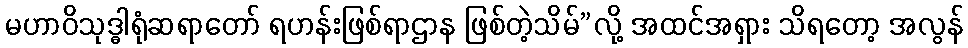
မဟာဝိသုဒ္ဓါရုံဆရာတော် ရဟန်းဖြစ်ရာဌာန ဖြစ်တဲ့သိမ်”လို့ အထင်အရှား သိရတော့ အလွန်